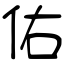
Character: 佑